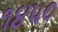
૧૪૫૦